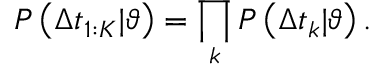
P \left( \Delta t _ { 1 : K } | \vartheta \right) = \prod _ { k } P \left( \Delta t _ { k } | \vartheta \right) .